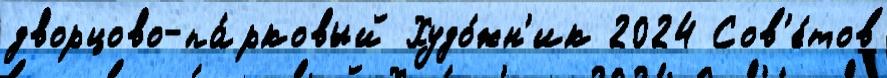
дворцово-па́рковый Худо́жн'ик 2024 Сов'е́тов